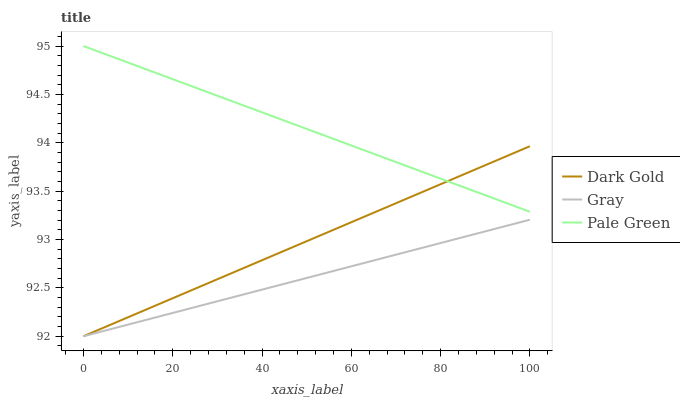
| xaxis_label | Dark Gold | Gray | Pale Green |
 | --- | --- | --- | --- |
 | 0 | 92 | 92 | 95 |
 | 16.7 | 92.3 | 92.2 | 94.7 |
 | 33.3 | 92.7 | 92.4 | 94.4 |
 | 50 | 93 | 92.6 | 94.1 |
 | 66.7 | 93.3 | 92.8 | 93.9 |
 | 83.3 | 93.6 | 93 | 93.6 |
 | 100 | 94 | 93.2 | 93.3 |